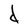
Character: d